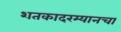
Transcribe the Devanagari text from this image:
शतकादरम्यानचा